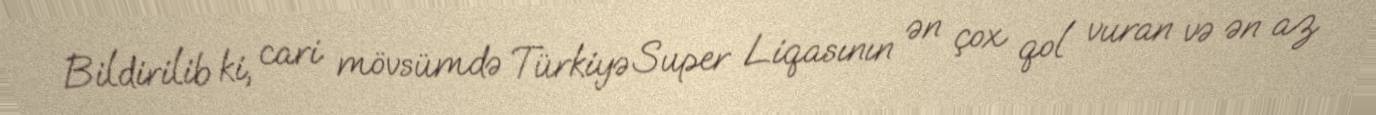
Bildirilib ki, cari mövsümdə Türkiyə Super Liqasının ən çox qol vuran və ən az